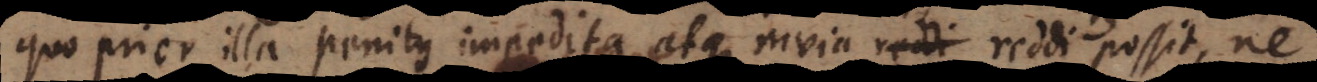
quo prior illa penitus impedita atque invia reddi possit, ne